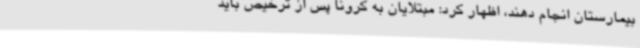
بیمارستان انجام دهند، اظهار کرد: مبتلایان به کرونا پس از ترخیص باید